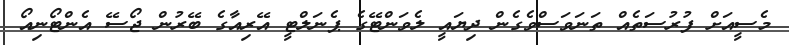
މެސީއަށް ފުރުސަތެއް ތަނަވަސްވެގެން ދިޔައީ ލެވަންޓޭގެ ޕެނަލްޓީ އޭރިއާގެ ބޭރުން ޖޯސޭ އެންޓޯނިއޯ